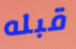
قبله